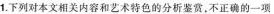
1. 下列对本文相关内容和艺术特色的分析鉴赏,不正确的一项